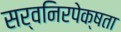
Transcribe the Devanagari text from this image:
सर्वनिरपेक्षता